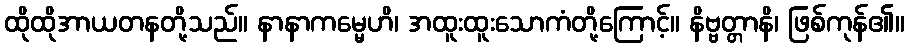
ထိုထိုအာယတနတို့သည်။ နာနာကမ္မေဟိ၊ အထူးထူးသောကံတို့ကြောင့်။ နိဗ္ဗတ္တာနိ၊ ဖြစ်ကုန်၏။